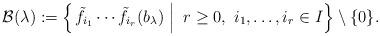
LaTeX: \begin{align*}\mathcal{B}(\lambda) := \left\{ \left. \tilde{f}_{i_1} \cdots \tilde{f}_{i_r} (b_\lambda) \ \right| \ r \geq 0 , \ i_1, \ldots, i_r \in I \right\} \setminus \{ 0 \}.\end{align*}